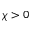
\chi > 0